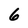
Character: 6